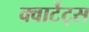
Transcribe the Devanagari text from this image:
क्वार्टेट्स